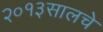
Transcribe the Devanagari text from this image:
२०१३सालचेे